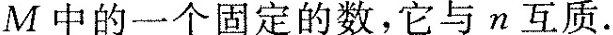
M中的一个固定的数，它与n互质。